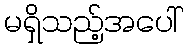
မရှိသည့်အပေါ်